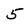
Character: 5